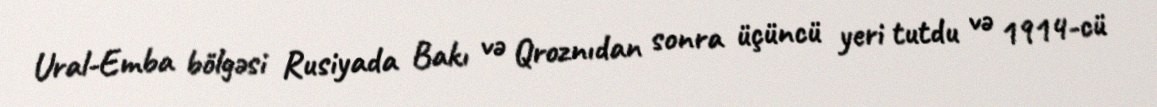
Ural-Emba bölgəsi Rusiyada Bakı və Qroznıdan sonra üçüncü yeri tutdu və 1914-cü